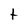
Character: t